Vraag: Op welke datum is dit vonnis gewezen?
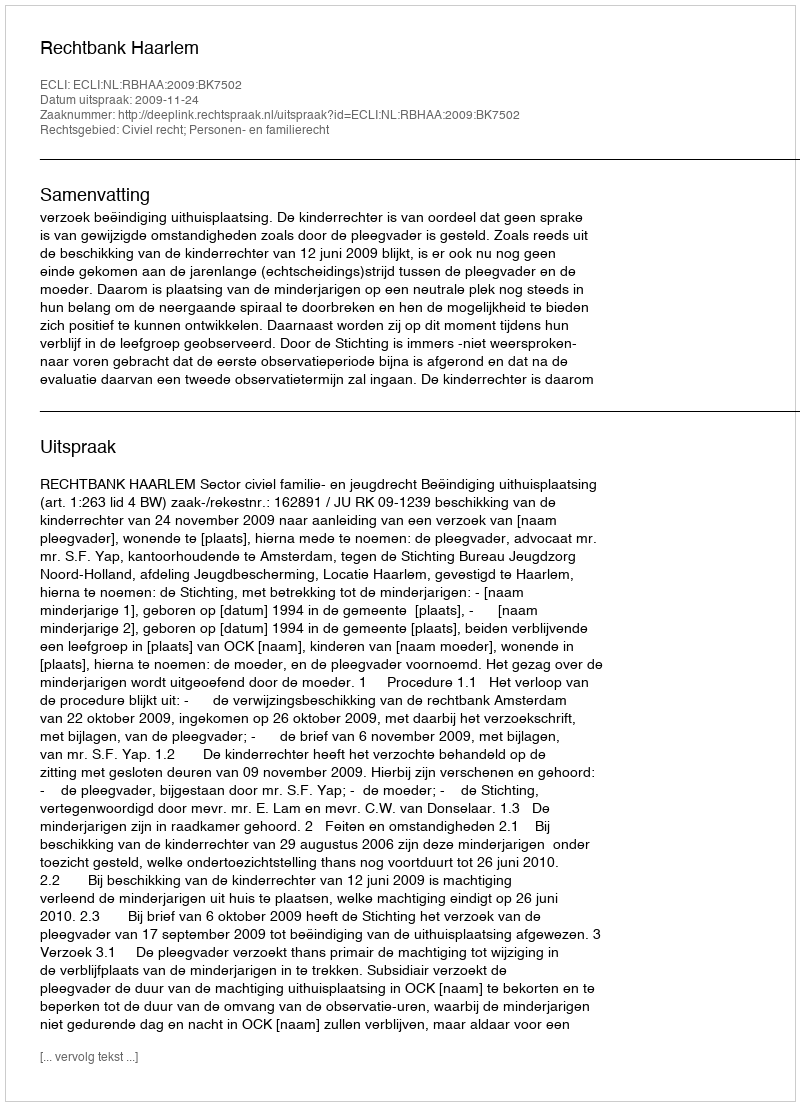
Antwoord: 2009-11-24